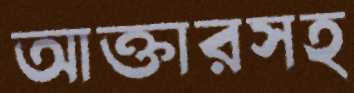
আক্তারসহ